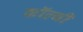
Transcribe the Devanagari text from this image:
कॉल्बी